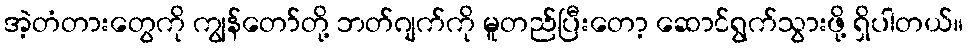
အဲ့တံတားတွေကို ကျွန်တော်တို့ ဘတ်ဂျက်ကို မူတည်ပြီးတော့ ဆောင်ရွက်သွားဖို့ ရှိပါတယ်။